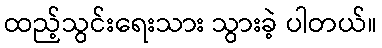
ထည့်သွင်းရေးသား သွားခဲ့ ပါတယ်။